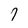
Character: 7